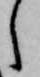
し